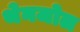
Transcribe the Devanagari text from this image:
थेनजोल